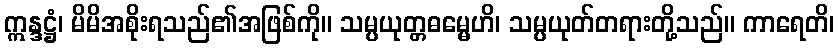
ဣန္ဒဋ္ဌံ၊ မိမိအစိုးရသည်၏အဖြစ်ကို။ သမ္ပယုတ္တဓမ္မေဟိ၊ သမ္ပယုတ်တရားတို့သည်။ ကာရေတိ၊